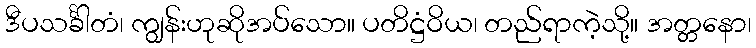
ဒီပသင်္ခါတံ၊ ကျွန်းဟုဆိုအပ်သော။ ပတိဋ္ဌံဝိယ၊ တည်ရာကဲ့သို့။ အတ္တနော၊